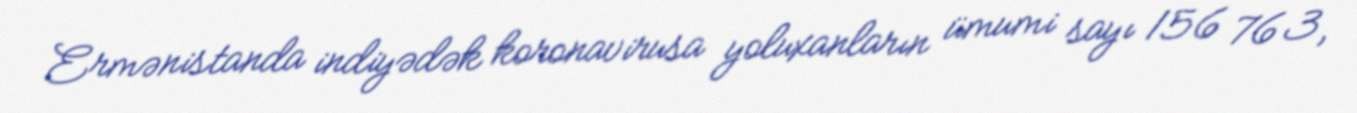
Ermənistanda indiyədək koronavirusa yoluxanların ümumi sayı 156 763,